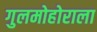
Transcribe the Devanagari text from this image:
गुलमोहोराला